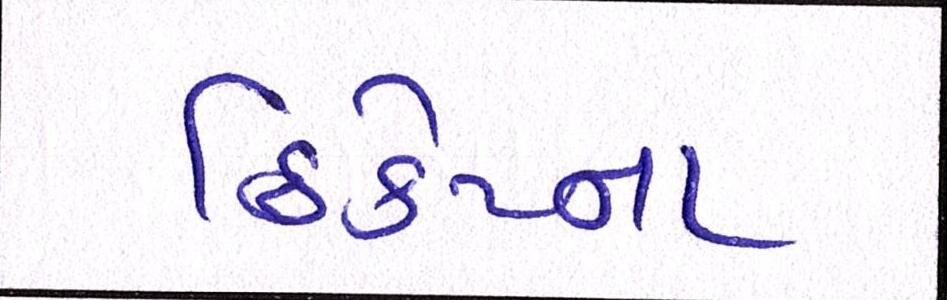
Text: ક્રિકેટના